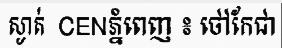
ស្ងាត់  CENភ្នំពេញ ៖ ថៅកែជា